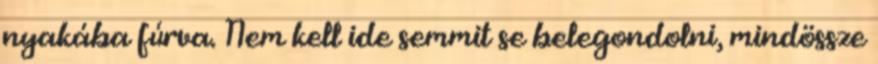
nyakába fúrva. Nem kell ide semmit se belegondolni, mindössze